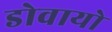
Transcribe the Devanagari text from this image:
डोवायो